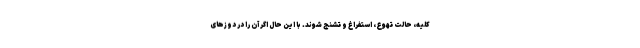
کلیه، حالت تهوع، استفراغ و تشنج شوند. با این حال اگر آن را در دوزهای